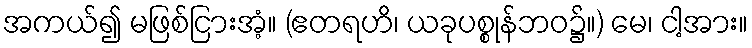
အကယ်၍ မဖြစ်ငြားအံ့။ (ဧတရဟိ၊ ယခုပစ္စုန်ဘဝ၌။) မေ၊ ငါ့အား။